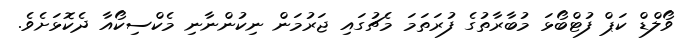
ވޯލްޑް ކަޕް ފުޓްބޯޅަ މުބާރާތުގެ ފުރަތަމަ މެޗުގައި ޖަރުމަން ނިކުންނާނި މެކްސިކޯއާ ދެކޮޅަށެވެ.